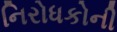
નિરોધકોની